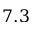
7 . 3